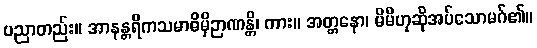
ပညာတည်း။ အာနန္တရိကသမာဓိမှိဉာဏန္တိ၊ ကား။ အတ္တနော၊ မိမိဟုဆိုအပ်သောမဂ်၏။